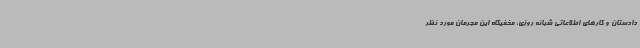
دادستان و کارهای اطلاعاتی شبانه روزی، مخفیگاه این مجرمان مورد نظر